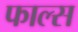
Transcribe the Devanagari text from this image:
फाल्‍स